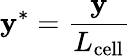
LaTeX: \mathbf{y}^{*}=\frac{{\mathbf{y}}}{{L_{\mathrm{{cell}}}}}